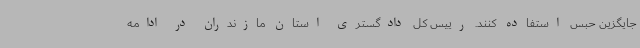
جایگزین حبس استفاده کنند. رییس کل دادگستری استان مازندران در ادامه